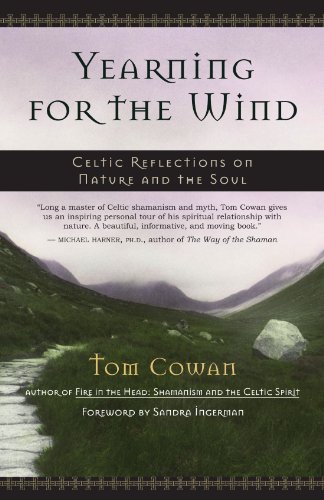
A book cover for Yearning for the Wind: Celtic Reflections on Nature and the Soul; Tom Cowan; Religion & Spirituality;